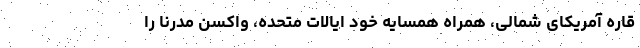
قاره آمریکای شمالی، همراه همسایه خود ایالات متحده، واکسن مدرنا را